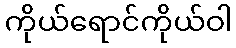
ကိုယ်ရောင်ကိုယ်ဝါ